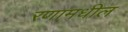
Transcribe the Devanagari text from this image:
रणामधील